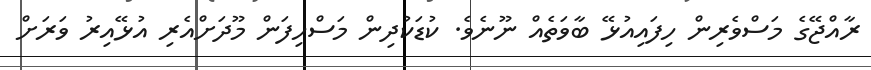
ރާއްޖޭގެ މަސްވެރިން ހިފައިއުޅޭ ބާވަތެއް ނޫނެވެ. ކުޑަކުދިން މަސްހިފަން މޫދަށްއެރި އުޅޭއިރު ވަރަށް